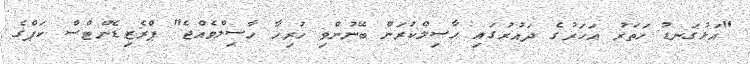
"އަޅުގަނޑު ހަތަރު އަހަރުގެ ދައުރުގައި ހާސިލްކުރަން ބޭނުންވި ހުރިހާ ހާސިލްވެއްޖެ" ޕްރެޒިޑެންޓްސް ކަޕްގެ